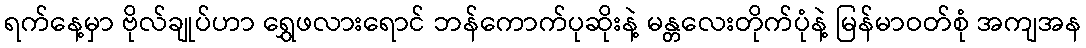
ရက်နေ့မှာ ဗိုလ်ချုပ်ဟာ ရွှေဖလားရောင် ဘန်ကောက်ပုဆိုးနဲ့ မန္တလေးတိုက်ပုံနဲ့ မြန်မာဝတ်စုံ အကျအန